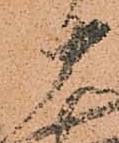
十